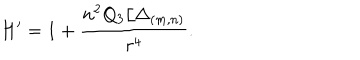
H ^ { \prime } = 1 + \frac { n ^ { 2 } Q _ { 3 } / \Delta _ { ( m , n ) } } { r ^ { 4 } } .